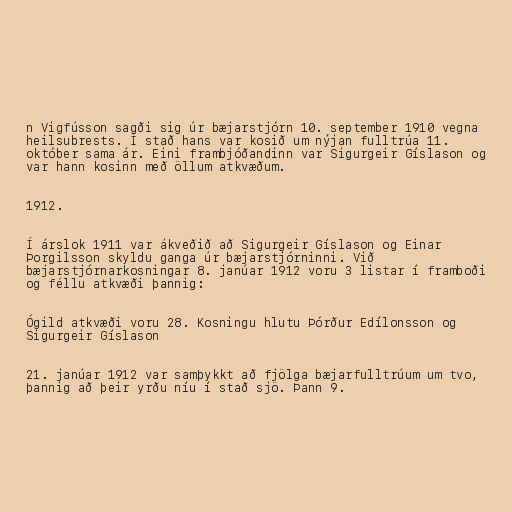
n Vigfússon sagði sig úr bæjarstjórn 10. september 1910 vegna
heilsubrests. Í stað hans var kosið um nýjan fulltrúa 11.
október sama ár. Eini frambjóðandinn var Sigurgeir Gíslason og
var hann kosinn með öllum atkvæðum.

1912.

Í árslok 1911 var ákveðið að Sigurgeir Gíslason og Einar
Þorgilsson skyldu ganga úr bæjarstjórninni. Við
bæjarstjórnarkosningar 8. janúar 1912 voru 3 listar í framboði
og féllu atkvæði þannig:

Ógild atkvæði voru 28. Kosningu hlutu Þórður Edílonsson og
Sigurgeir Gíslason

21. janúar 1912 var samþykkt að fjölga bæjarfulltrúum um tvo,
þannig að þeir yrðu níu í stað sjö. Þann 9.